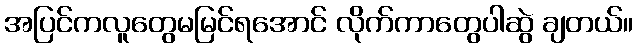
အပြင်ကလူတွေမမြင်ရအောင် လိုက်ကာတွေပါဆွဲ ချတယ်။